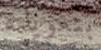
بتعويذة